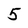
Character: 5